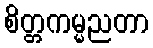
စိတ္တကမ္မညတာ